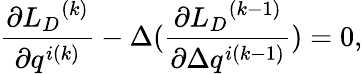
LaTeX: \frac{\partial{{L}_{D}}^{(k)}}{\partial q^{i(k)}}-\Delta(\frac{\partial{{L}_{D}}^{(k-1)}}{\partial\Delta q^{i(k-1)}})=0,